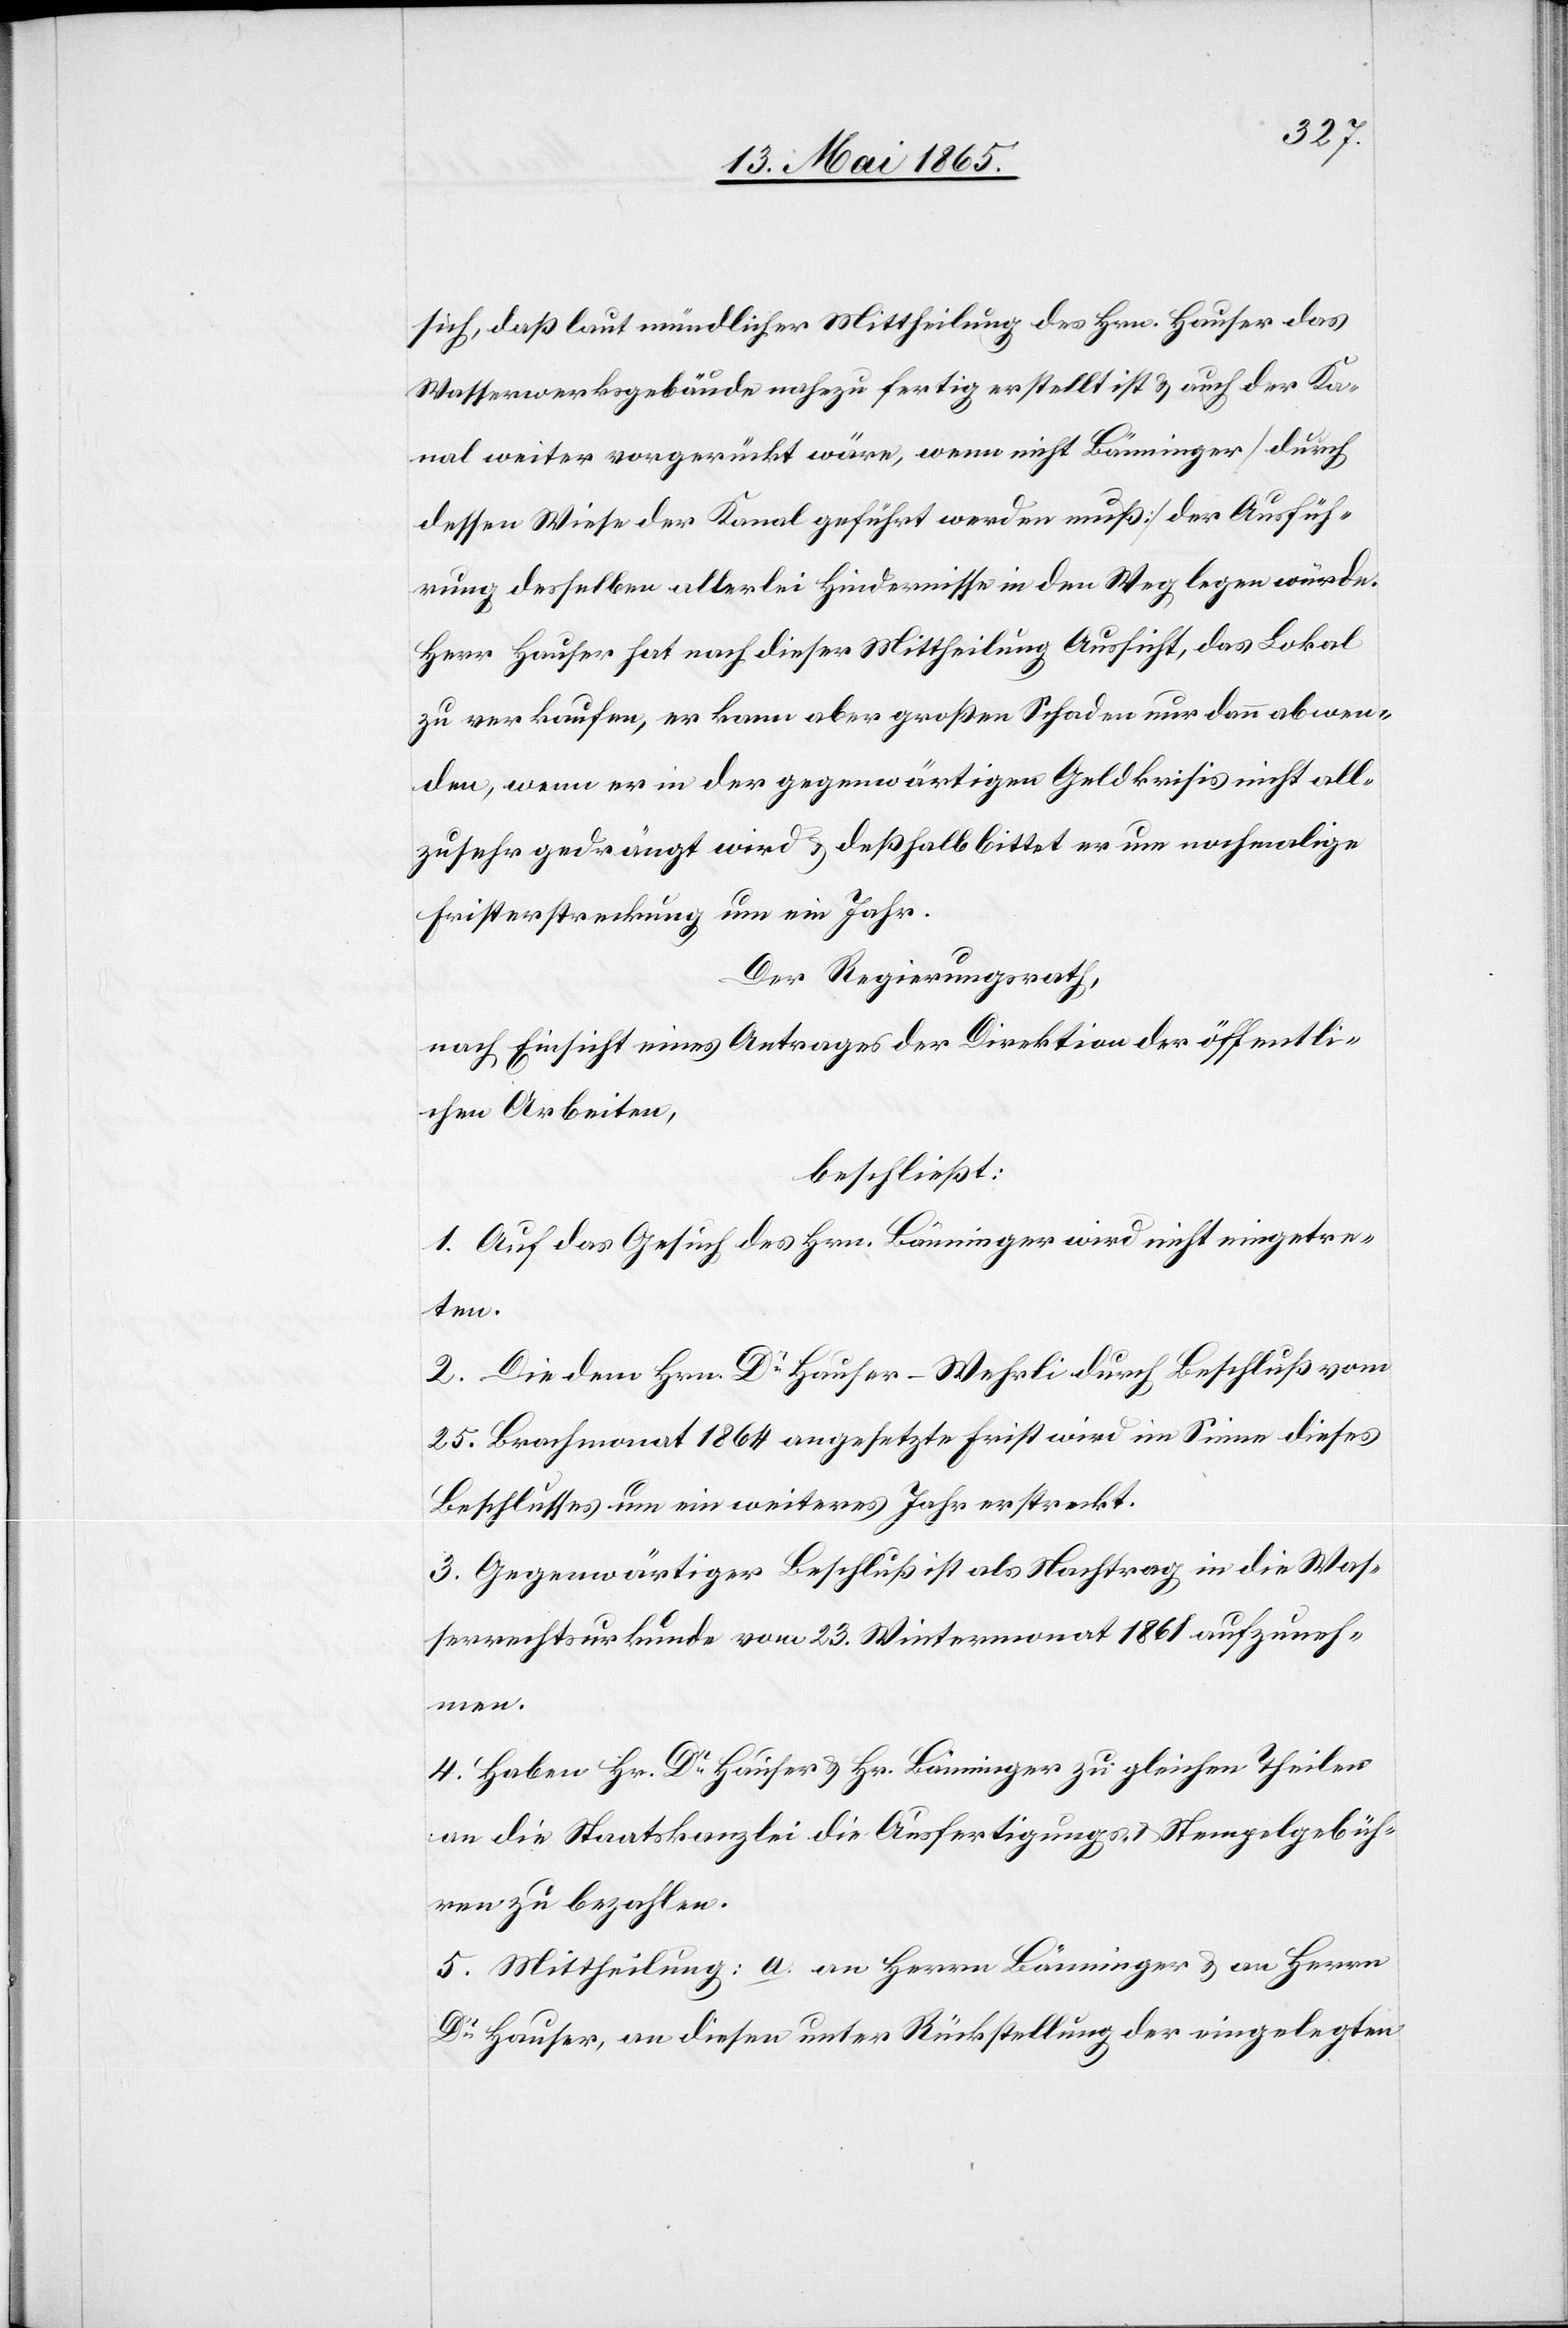
sich, daß laut mündlicher Mittheilung des Hrn. Hauser das
Wasserwerksgebäude nahezu fertig erstellt ist & auch der Ka¬
nal weiter vorgerückt wäre, wenn nicht Bänninger [durch
dessen Wiese der Kanal geführt werden muß] der Ausfüh¬
rung desselben allerlei Hindernisse in den Weg legen würde.
Herr Hauser hat nach dieser Mittheilung Aussicht, das Lokal
zu verkaufen, er kann aber großen Schaden nur dann abwen¬
den, wenn er in der gegenwärtigen Geldkrisis nicht all¬
zusehr gedrängt wird & deßhalb bittet er um nochmalige
Fristerstreckung um ein Jahr.
Der Regierungsrath,
nach Einsicht eines Antrages der Direktion der öffentli¬
chen Arbeiten,
beschließt:
1. Auf das Gesuch des Hrn. Bänninger wird nicht eingetre¬
ten.
2. Die dem Hrn. Dr Hauser-Wehrli durch Beschluß vom
25. Brachmonat 1864 angesetzte Frist wird im Sinne dieses
Beschlusses um ein weiteres Jahr erstreckt.
3. Gegenwärtiger Beschluß ist als Nachtrag in die Was¬
serrechtsurkunde vom 23. Wintermonat 1861 aufzuneh¬
men.
4. Haben Hr. Dr Hauser & Hr. Bänninger zu gleichen Theilen
an die Staatskanzlei die Ausfertigungs- & Stempelgebüh¬
ren zu bezahlen.
5. Mittheilung: a. an Herrn Bänninger & an Herrn
Dr Hauser, an diesen unter Rückstellung der eingelegten